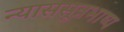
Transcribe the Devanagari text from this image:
न्याससूत्रभाष्य